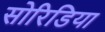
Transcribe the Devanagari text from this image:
सोरिडिया